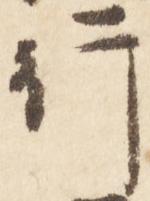
行